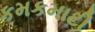
કમકમાટી